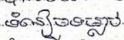
ទំនៀមទម្លាប់